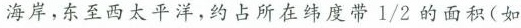
海岸，东至西太平洋，约占所在纬度带1/2的面积(如